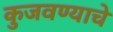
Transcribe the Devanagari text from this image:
कुजवण्याचे